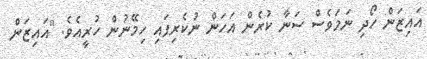
އައިޒަން ހޯދި ނަމަވެސް ސަނާ ކުރެން އަހަން ނުކެރިފައި ހިމޭނުން ހުރީއެވެ. "އައިޒަން